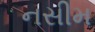
નસીમ